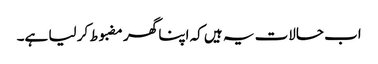
اب حالات یہ ہیں کہ اپنا گھر مضبوط کر لیا ہے۔